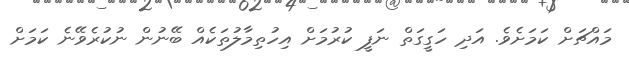
މައްޗަށް ކަމަށެވެ. އަދި ހަގީގަތް ނަފީ ކުރުމަށް އިހުތިމާލުތަކެއް ބޭނުން ނުކުރެވޭނެ ކަމަށް